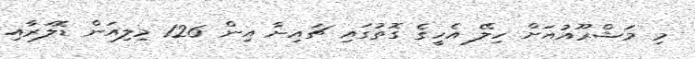
މި މަޝްރޫއުއަށް ހިލޭ އެހީގެ ގޮތުގައި ޗައިނާ އިން 126 މިލިއަން ޑޮލަރާއި